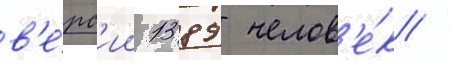
в'е́рс'ии 1389 челов'е́к /